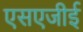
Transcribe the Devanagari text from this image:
एसएजीई